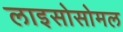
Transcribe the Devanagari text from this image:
लाइसोसोमल